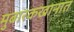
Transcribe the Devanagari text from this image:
मुबारकखानात